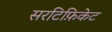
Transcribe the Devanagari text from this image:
सरटिफ़िकेट